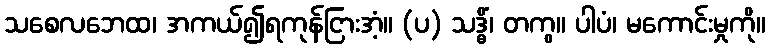
သစေလဘေထ၊ အကယ်၍ရကုန်ငြားအံ့။ (ပ) သဒ္ဓိံ၊ တကွ။ ပါပံ၊ မကောင်းမှုကို။